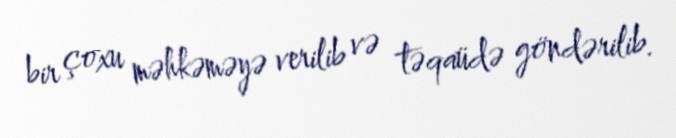
bir çoxu məhkəməyə verilib və təqaüdə göndərilib.